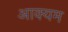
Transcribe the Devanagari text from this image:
आक्यम